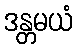
ဒန္တမယံ